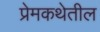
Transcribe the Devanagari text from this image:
प्रेमकथेतील